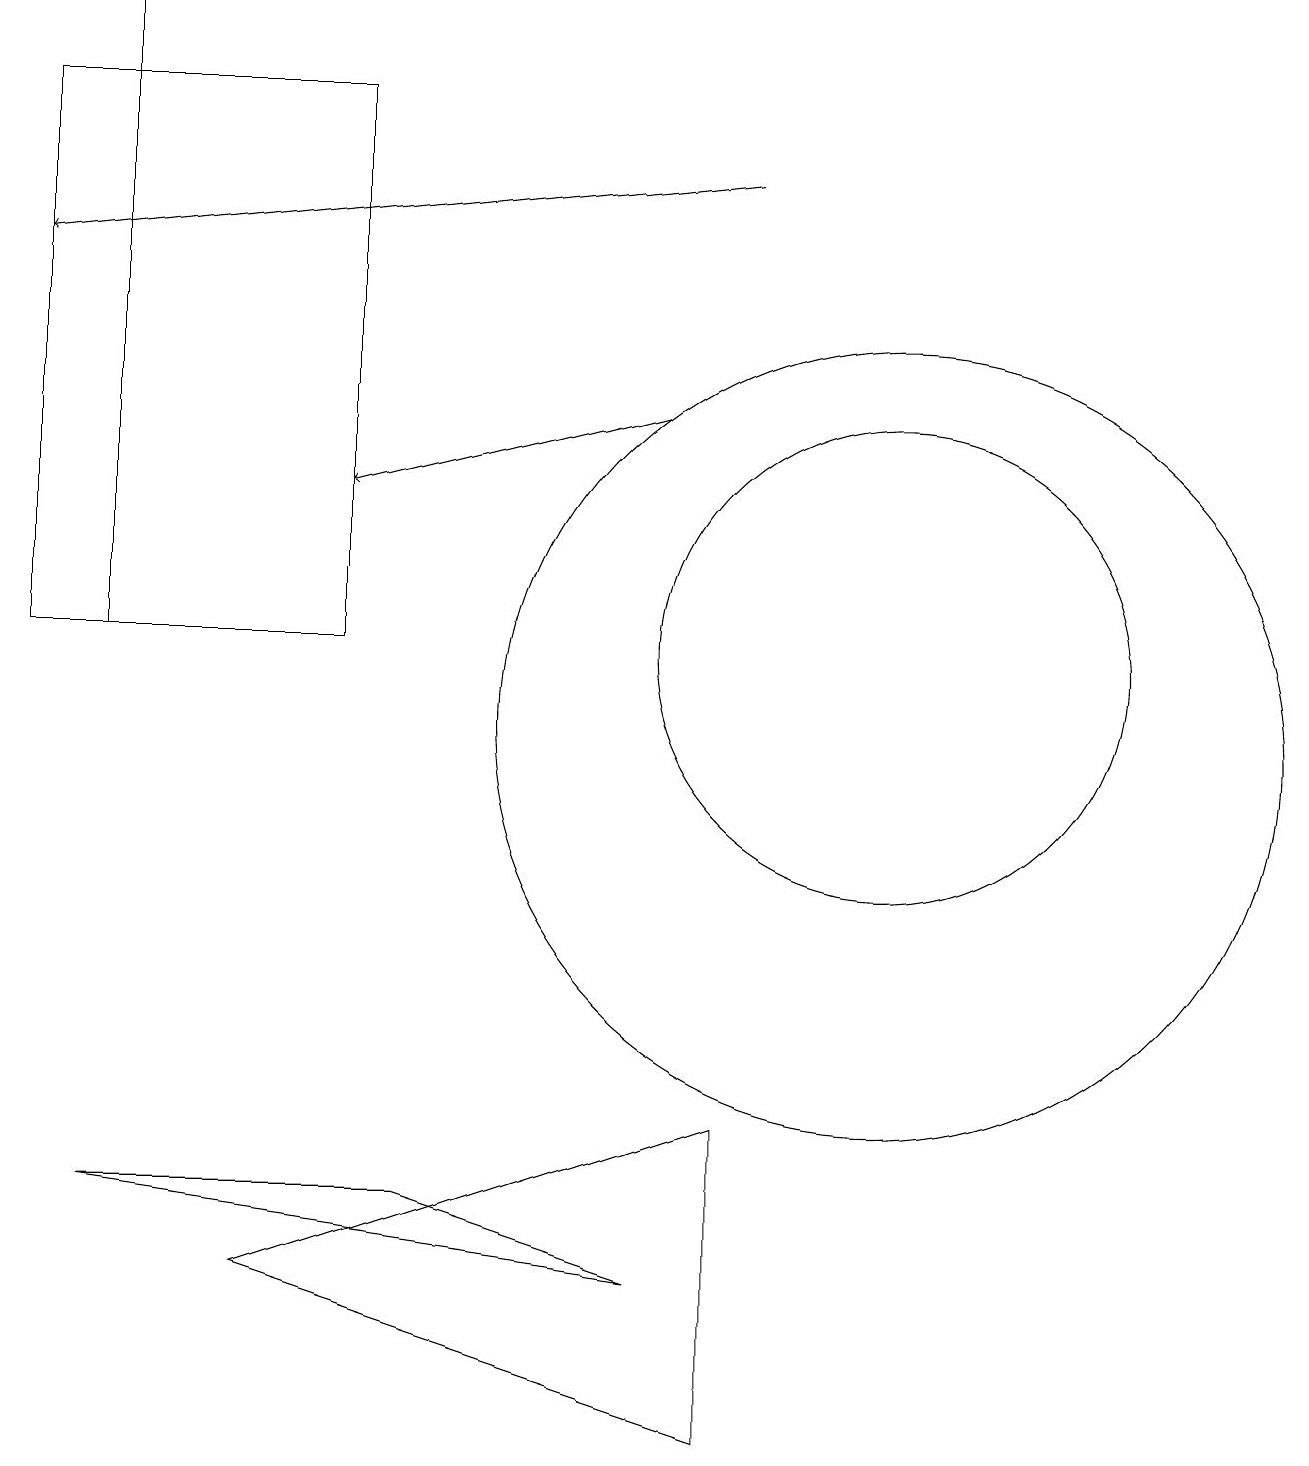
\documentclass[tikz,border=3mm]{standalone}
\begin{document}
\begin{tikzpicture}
\draw[->] (8,14) -- (4,13);
\draw (11,10) circle (5);
\draw[->] (9,17) -- (0,16);
\draw (11,11) circle (3);
\draw (0,18) rectangle (4,11);
\draw (8,3) -- (5,4) -- (1,4) -- cycle;
\draw (9,1) -- (9,5) -- (3,3) -- cycle;
\draw[->] (1,11) -- (1,19);
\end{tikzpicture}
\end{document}